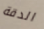
الدقة